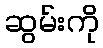
ဆွမ်းကို